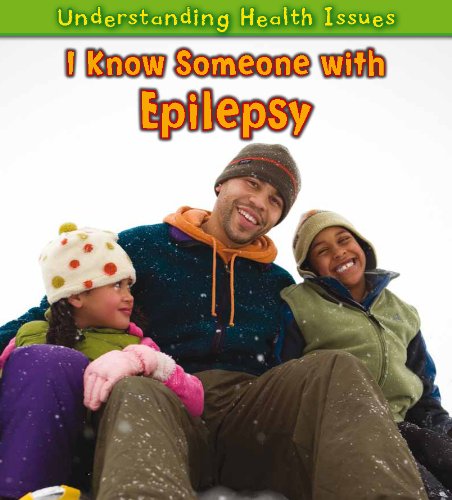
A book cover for I Know Someone with Epilepsy (Understanding Health Issues); Vic Parker; Health, Fitness & Dieting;